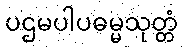
ပဌမပါပဓမ္မသုတ္တံ